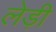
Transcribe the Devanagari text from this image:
लेड़ी